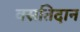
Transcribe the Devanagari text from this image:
वसतिदान